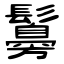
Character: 䰓